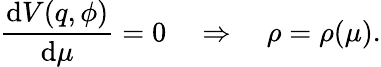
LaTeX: \frac{\mathrm{d}V(q,\phi)}{\mathrm{d}\mu}=0\quad\Rightarrow\quad\rho=\rho(\mu).